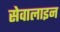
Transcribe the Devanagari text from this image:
सेवालाइन